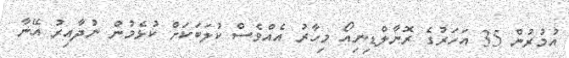
އުމުރުން 35 އަހަރުގެ ރޮނާލްޑިނިއޯ މިހާރު އެއްވެސް ކުލަބަކަށް ކުޅެމުން ނުދާއިރު އޭނާ